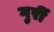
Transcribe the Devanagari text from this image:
गुर्री